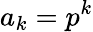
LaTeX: a_{k}=p^{k}